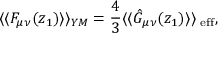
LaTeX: \langle \langle F _ { \mu \nu } ( z _ { 1 } ) \rangle \rangle _ { Y M } = { \frac { 4 } { 3 } } \langle \langle \hat { G } _ { \mu \nu } ( z _ { 1 } ) \rangle \rangle _ { \mathrm { \scriptsize ~ e f f } } ,